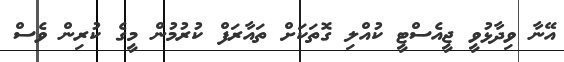
އޭނާ ވިދާޅުވީ ޖީއެސްޓީ ކުއްލި ގޮތަކަށް ތައާރަފް ކުރުމުން މީގެ ކުރިން ވެސް